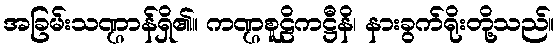
အခြမ်းသဏ္ဌာန်ရှိ၏။ ကဏ္ဌစူဠိကဋ္ဌီနိ၊ နားခွက်ရိုးတို့သည်။